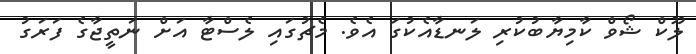
ލޫކް ޝޯވް ކާމިޔާބުކުރި ލަނޑާއެކުގަ އެވެ. މެޗުގައި ލެސްޓާ އަށް ނަތީޖާގެ ފަރަގު